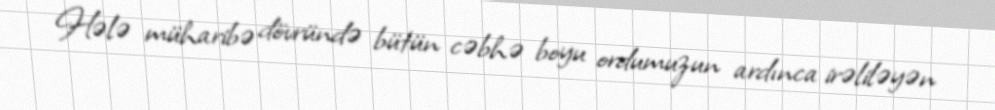
Hələ müharibə dövründə bütün cəbhə boyu ordumuzun ardınca irəliləyən